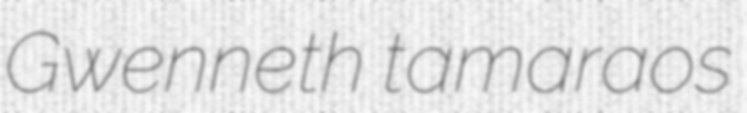
Gwenneth tamaraos